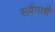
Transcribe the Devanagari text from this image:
सर्वपाशै